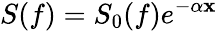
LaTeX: S(f)=S_{0}(f)e^{-\alpha\mathbf{x}}